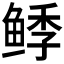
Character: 𱇺